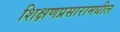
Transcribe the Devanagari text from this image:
शिक्षणप्रसारामधील